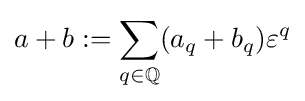
a+b:=\sum \limits _{q\in \mathbb {Q} }(a_{q}+b_{q})\varepsilon ^{q}